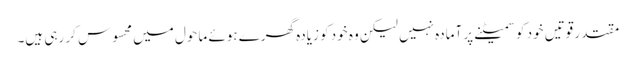
مقتدر قوتیں خود کو سمیٹنے پر آمادہ نہیں لیکن وہ خود کو زیادہ گھرے ہوئے ماحول میں محسوس کر رہی ہیں۔